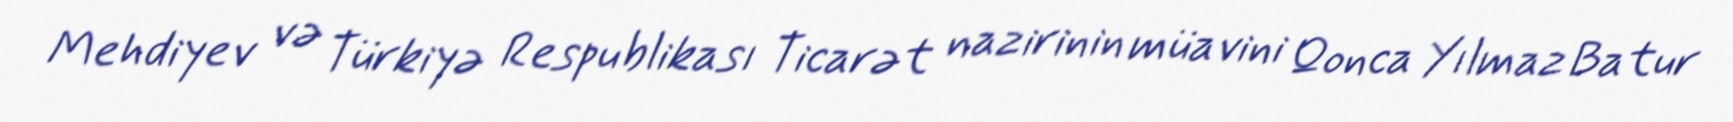
Mehdiyev və Türkiyə Respublikası Ticarət nazirinin müavini Qonca Yılmaz Batur